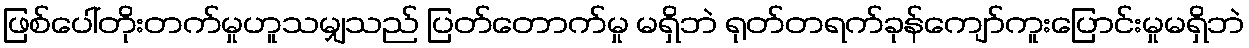
ဖြစ်ပေါ်တိုးတက်မှုဟူသမျှသည် ပြတ်တောက်မှု မရှိဘဲ ရုတ်တရက်ခုန်ကျော်ကူးပြောင်းမှုမရှိဘဲ